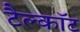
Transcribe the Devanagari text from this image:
टैल्कॉट